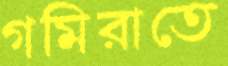
গমিরাতে